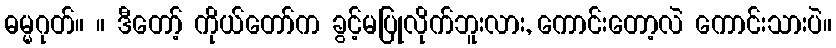
ဓမ္မဂုတ်။ ။ ဒီတော့် ကိုယ်တော်က ခွင့်မပြုလိုက်ဘူးလား, ကောင်းတော့လဲ ကောင်းသားပဲ။